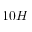
1 0 H